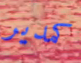
كمدير